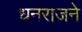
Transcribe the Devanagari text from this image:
धनराजने